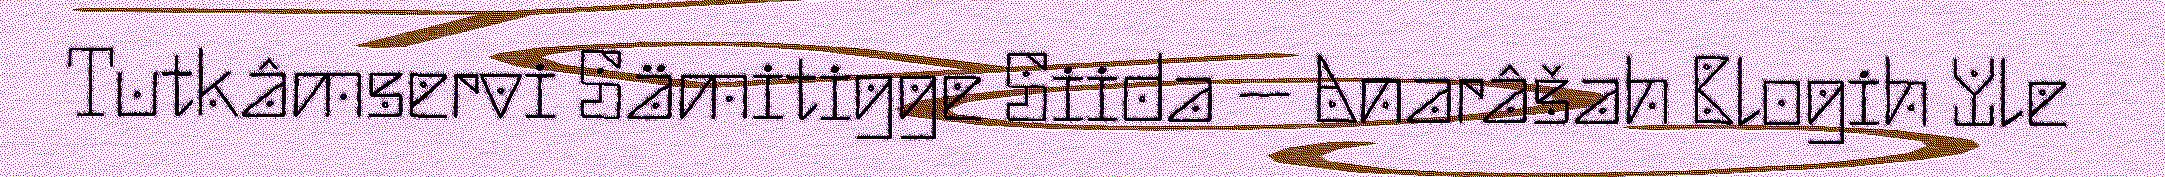
Tutkâmservi Sämitigge Siida – Anarâšah Blogih Yle